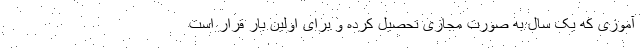
آموزی که یک سال به صورت مجازی تحصیل کرده و برای اولین بار قرار است